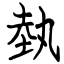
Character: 埶